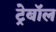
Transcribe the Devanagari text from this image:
ट्रेबॉल